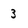
Character: 3